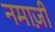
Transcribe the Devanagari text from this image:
नमाज़ी